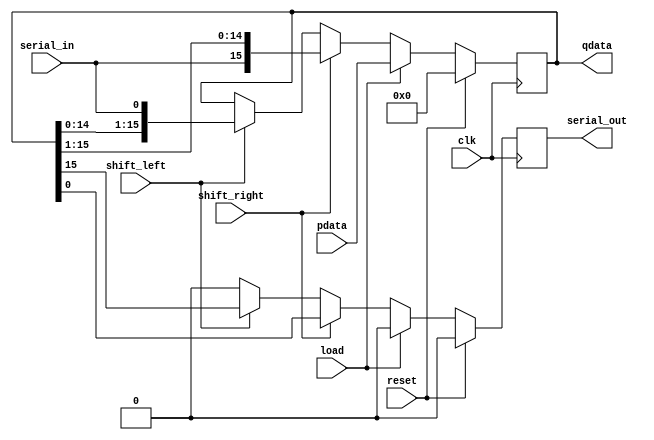
module myReg
(
clk,
reset,
pdata,
qdata,
load,
shift_right,
shift_left,
serial_in,
serial_out
);
input clk;
input reset;
input [15:0] pdata;
output reg [15:0] qdata;
input load;
input shift_right;
input shift_left;
input serial_in;
output reg serial_out;	
always @(posedge clk) begin
	serial_out <= 0;
	if (reset)
	begin
		qdata <= 16'h0000;
	end
	else if (load)
	begin
		qdata <= pdata;
	end
	else if (shift_right)
	begin
		qdata[15:0] <= {serial_in, qdata[15:1]};
		serial_out <= qdata[0];
	end
	else if (shift_left)
	begin
		qdata[15:0] <= {qdata[14:0], serial_in};
		serial_out <= qdata[15];
	end	
end
endmodule